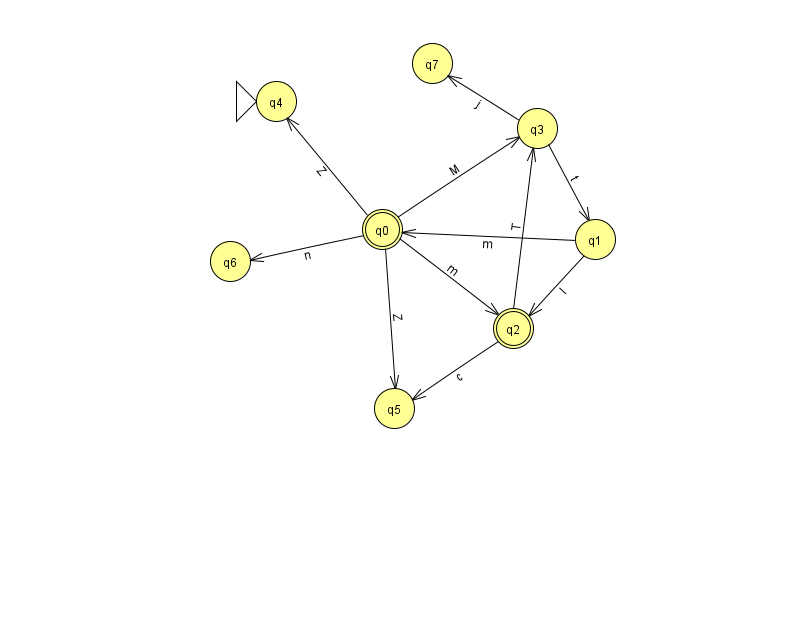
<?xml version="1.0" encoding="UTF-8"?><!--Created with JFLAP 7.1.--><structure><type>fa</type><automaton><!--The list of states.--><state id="0" name="q0"><x>382.0</x><y>216.0</y><final/></state><state id="1" name="q1"><x>595.0</x><y>226.0</y></state><state id="2" name="q2"><x>513.0</x><y>315.0</y><final/></state><state id="3" name="q3"><x>537.0</x><y>115.0</y></state><state id="4" name="q4"><x>276.0</x><y>88.0</y><initial/></state><state id="5" name="q5"><x>394.0</x><y>395.0</y></state><state id="6" name="q6"><x>230.0</x><y>248.0</y></state><state id="7" name="q7"><x>432.0</x><y>50.0</y></state><!--The list of transitions.--><transition><from>0</from><to>6</to><read>n</read></transition><transition><from>3</from><to>1</to><read>t</read></transition><transition><from>2</from><to>5</to><read>c</read></transition><transition><from>2</from><to>3</to><read>T</read></transition><transition><from>0</from><to>2</to><read>m</read></transition><transition><from>1</from><to>2</to><read>I</read></transition><transition><from>1</from><to>0</to><read>m</read></transition><transition><from>3</from><to>7</to><read>j</read></transition><transition><from>0</from><to>4</to><read>Z</read></transition><transition><from>0</from><to>5</to><read>Z</read></transition><transition><from>0</from><to>3</to><read>M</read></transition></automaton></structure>